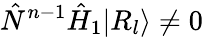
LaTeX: \hat{N}^{n-1}\hat{H}_{1}|R_{l}\rangle\neq 0